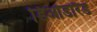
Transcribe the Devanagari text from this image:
डिओडोरैंड